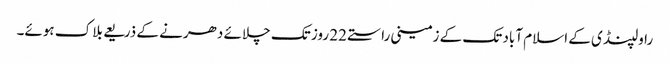
راولپنڈی کے اسلام آباد تک کے زمینی راستے 22 روز تک چلائے دھرنے کے ذریعے بلاک ہوئے۔